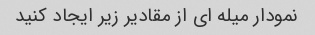
نمودار میله ای از مقادیر زیر ایجاد کنید